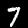
Label: 7